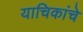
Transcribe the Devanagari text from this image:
याचिकांचे